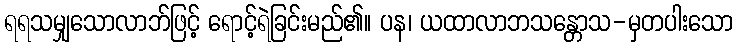
ရရသမျှသောလာဘ်ဖြင့် ရောင့်ရဲခြင်းမည်၏။ ပန၊ ယထာလာဘသန္တောသ-မှတပါးသော